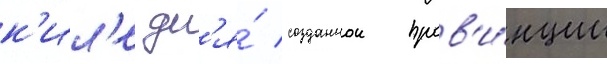
к'ил'е дл'я́ созданнои пров'и́нции